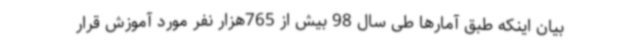
بیان اینکه طبق آمارها طی سال 98 بیش از 765هزار نفر مورد آموزش قرار